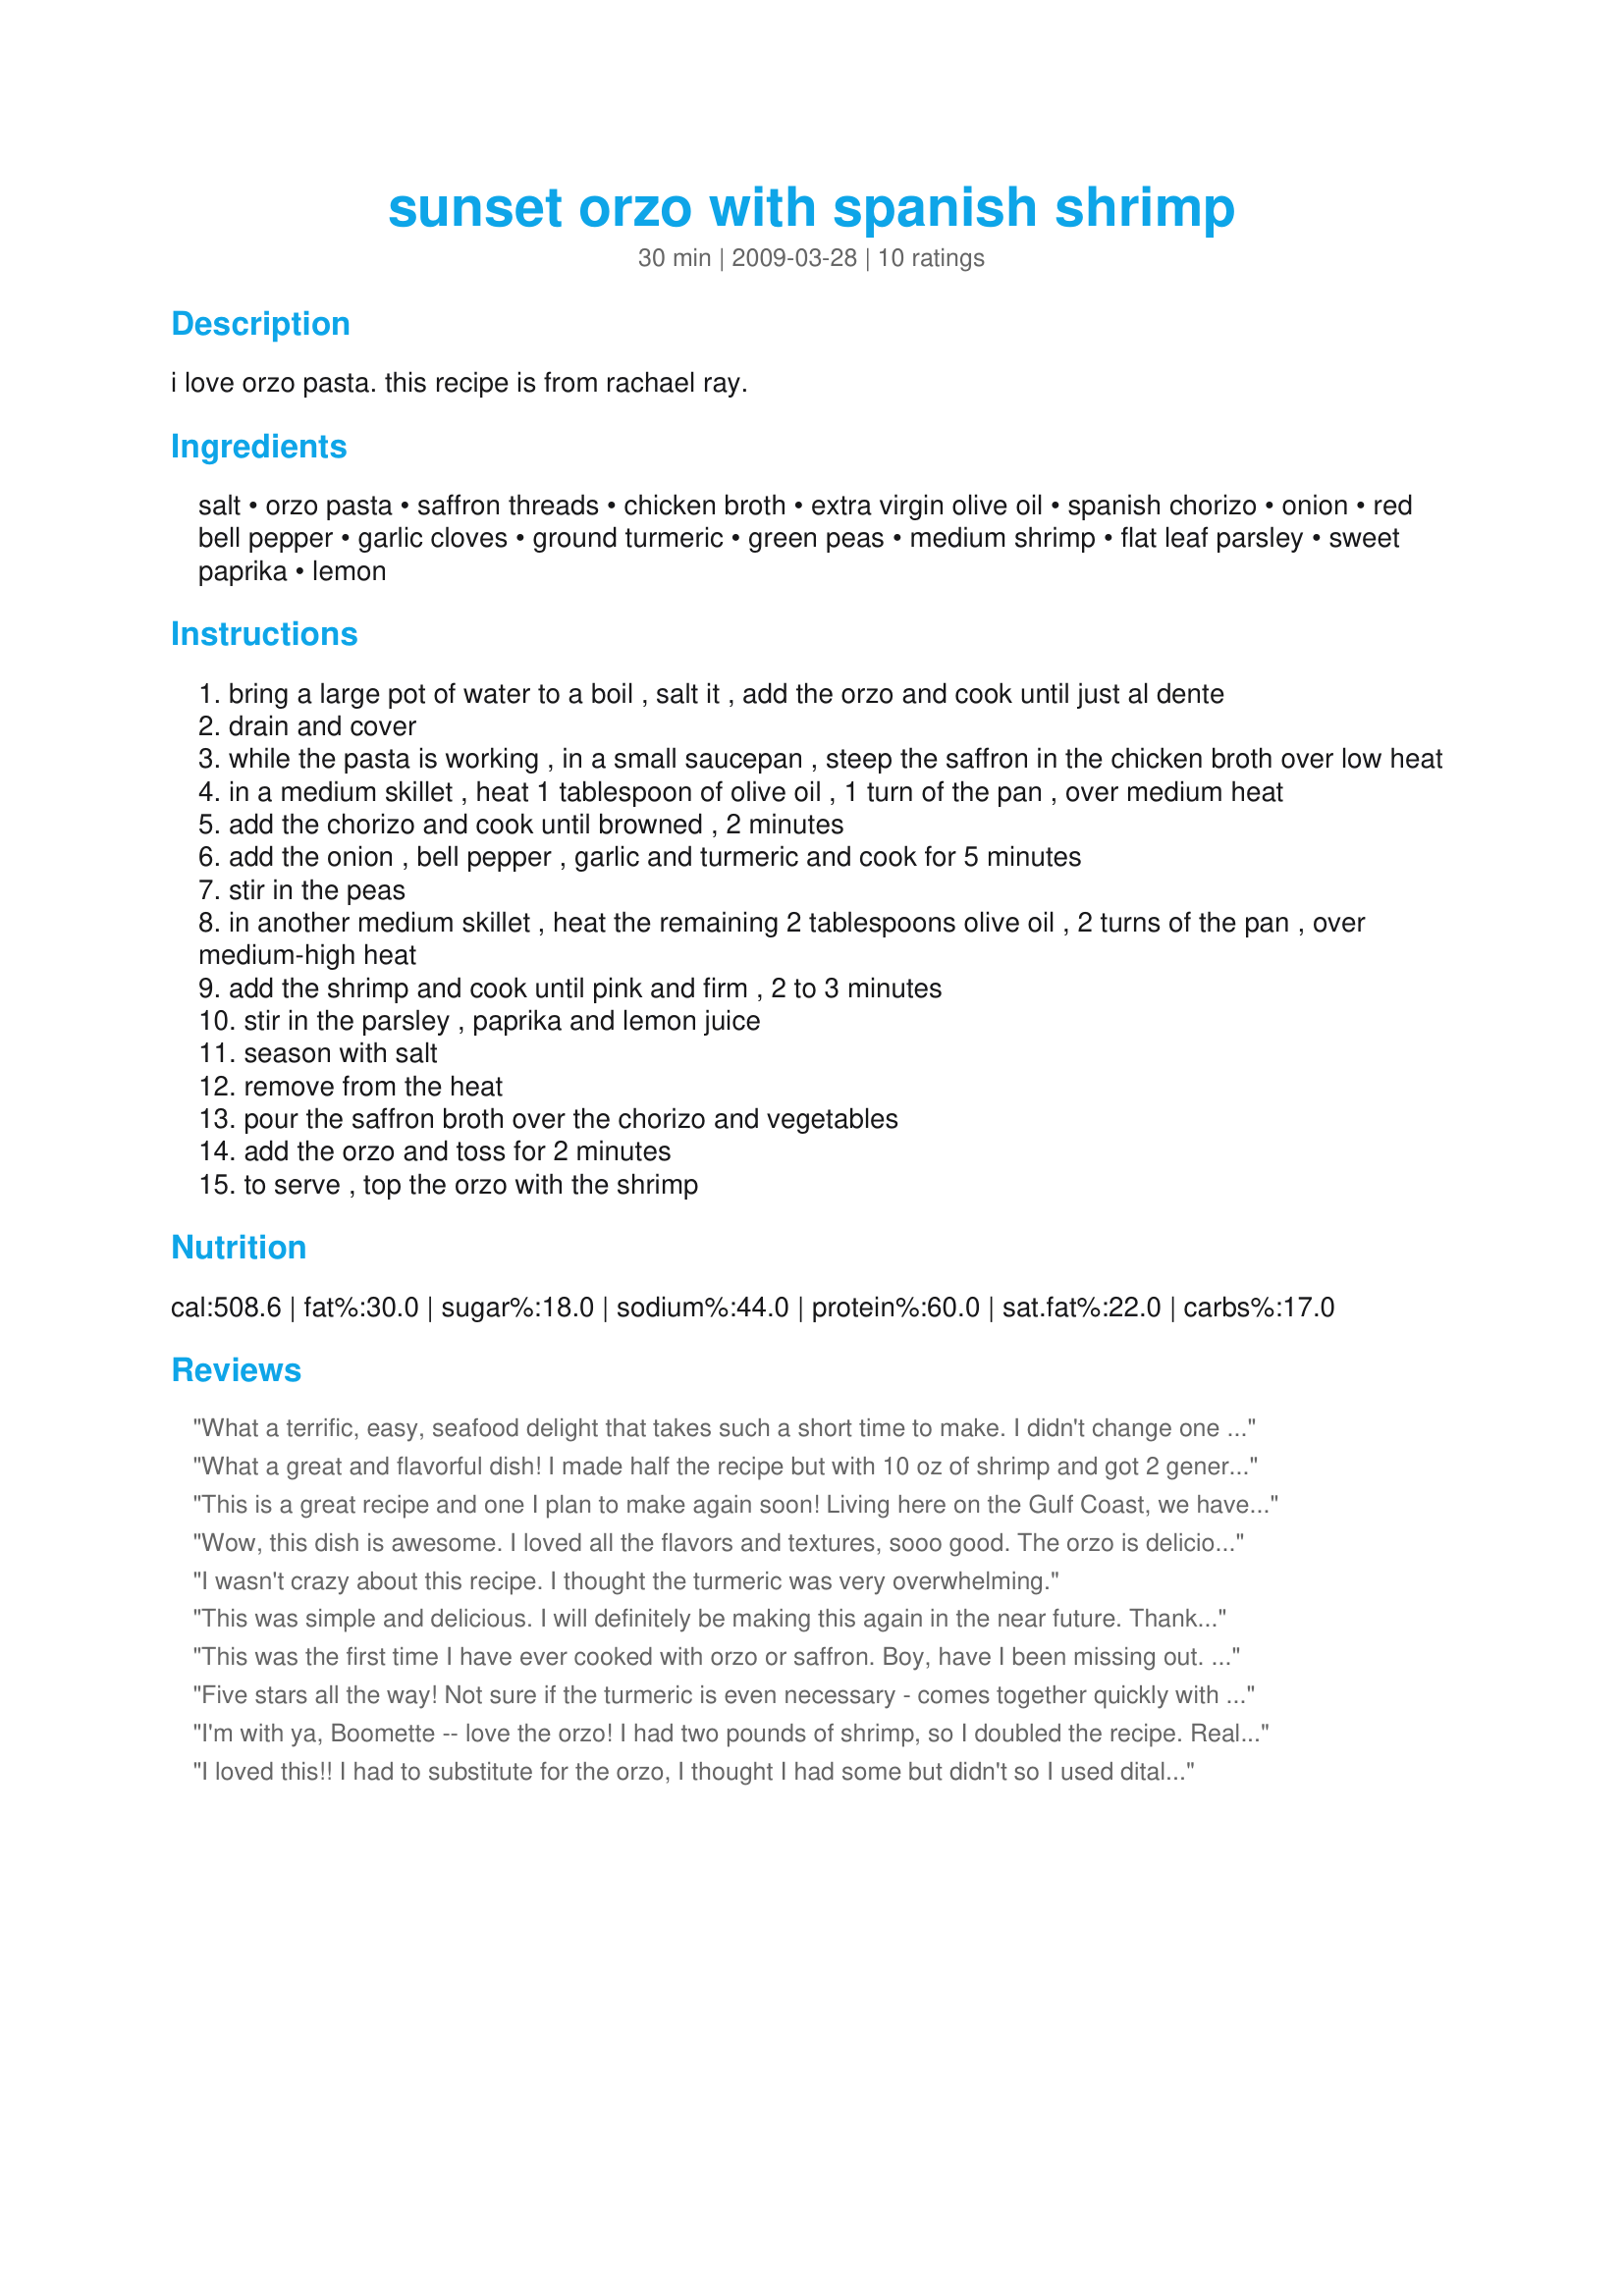
sunset orzo with spanish shrimp
Preparation time: 30 minutes

i love orzo pasta. this recipe is from rachael ray.

Ingredients:
salt, orzo pasta, saffron threads, chicken broth, extra virgin olive oil, spanish chorizo, onion, red bell pepper, garlic cloves, ground turmeric, green peas, medium shrimp, flat leaf parsley, sweet paprika, lemon

Steps:
bring a large pot of water to a boil , salt it , add the orzo and cook until just al dente
drain and cover
while the pasta is working , in a small saucepan , steep the saffron in the chicken broth over low heat
in a medium skillet , heat 1 tablespoon of olive oil , 1 turn of the pan , over medium heat
add the chorizo and cook until browned , 2 minutes
add the onion , bell pepper , garlic and turmeric and cook for 5 minutes
stir in the peas
in another medium skillet , heat the remaining 2 tablespoons olive oil , 2 turns of the pan , over medium-high heat
add the shrimp and cook until pink and firm , 2 to 3 minutes
stir in the parsley , paprika and lemon juice
season with salt
remove from the heat
pour the saffron broth over the chorizo and vegetables
add the orzo and toss for 2 minutes
to serve , top the orzo with the shrimp

Reviews:
What a terrific, easy, seafood delight that takes such a short time to make. I didn't change one thing about this, but did marinate the shrimp prior to making this using Recipe #313020. I love orzo pasta as well, and use mine interchangeably when requiring rice. The spanish chorizo is such a great addition, that if you have access to, is really worth the extra $. I added a bit of fresh diced tomato on top mixed with some of the peppers. Oh a very special taste sensation indeed. Made for *Everyday is a Holiday* April 2009
What a great and flavorful dish! I made half the recipe but with 10 oz of shrimp and got 2 generous servings. The lemony shrimp was a perfect combination with the orzo and veggies. Thanks for sharing the recipe! Made for the Best of 2012 event, recommended by FLKeysJen
This is a great recipe and one I plan to make again soon! Living here on the Gulf Coast, we have fresh shrimp readily available and I love mixing them with the flavors of the chorizo and smoky paprika. This dish resembles a paella, but I really like the orzo better than rice. Thanks for a great recipe. Made for the Best of 2012 tag.
Wow, this dish is awesome. I loved all the flavors and textures, sooo good. The orzo is delicious and the shrimp are too die for, simply juicy, tender and spicy. I love the combination of the orzo with the spicy shrimp. Boomie thanks so much for sharing this wonderful dish, which I will be enjoying often.
I wasn't crazy about this recipe. I thought the turmeric was very overwhelming.
This was simple and delicious. I will definitely be making this again in the near future. Thanks for posting. Made for ZWT5.
This was the first time I have ever cooked with orzo or saffron. Boy, have I been missing out. The saffron was a little hard for me to find around here, but worth the effort. This is Amazing! I couldn't believe how fast this was to put together. I used recipe #335470 for the spanish chorizo and it turned out so yummy! Thanks for sharing this very special recipe, we absolutely loved it
Five stars all the way! Not sure if the turmeric is even necessary - comes together quickly with lots of huge flavor. Next time I'll use a full pound box of orzo to serve four people. Also there must be a way to reduce the number of pots. Unlike Rachael, I don't have a staff to clean my kitchen!
I'm with ya, Boomette -- love the orzo! I had two pounds of shrimp, so I doubled the recipe. Really flavorful, and so vibrant in color. My only complaint was that I shouldn't have added the extra turmeric because it gave the dish a bit of a bitter undertone, but that was my own fault (I was looking at the extra spoonful and thinking I shouldn't add that much turmeric, but then I just tossed it in anyway). Other than that, this recipe was perfect for us. I'm sure I'll be making this one again, thanks for posting! Made for The Honeys for ZWT8
I loved this!! I had to substitute for the orzo, I thought I had some but didn't so I used ditalini pasta instead. I found some turkey chorizo and combined that with the rest of the linguica I had. Used a spanish onion and spanish smoked paprika. The shrimp had a good flavor all by themselves. Topped with some grated manchengo cheese. Made for Las Mistico Magicos Sirenas of ZWT 5
